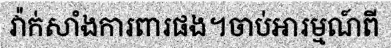
វ៉ាក់សាំងការពារផង។ចាប់អារម្មណ៍ពី